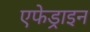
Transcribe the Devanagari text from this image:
एफेड्राइन